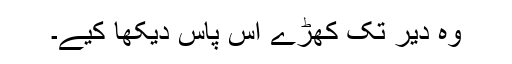
وہ دیر تک کھڑے آس پاس دیکھا کیے۔